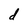
Character: d